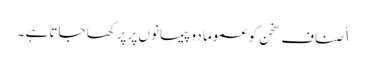
ا٘صنافِ سخن کو عموما دو پیمانوں پر پرکھا جاتا ہے ۔